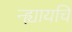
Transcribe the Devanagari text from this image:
न्ह्यायचि